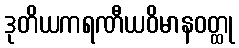
ဒုတိယကရဏီယဝိမာနဝတ္ထု